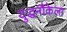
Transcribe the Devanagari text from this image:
युद्धनौकेला